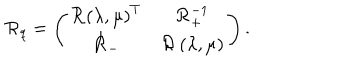
{ \cal R } _ { q } = \left( \begin{array} { c c } { { { \cal R } \left( \lambda , \mu \right) ^ { T } } } & { { { \cal R } _ { + } ^ { - 1 } } } \\ { { { \cal R } _ { - } } } & { { { \cal R } \left( \lambda , \mu \right) } } \\ \end{array} \right) .